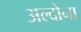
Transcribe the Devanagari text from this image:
अल्दोना